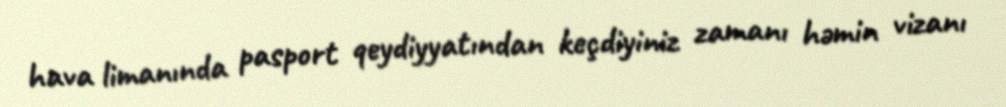
hava limanında pasport qeydiyyatından keçdiyiniz zamanı həmin vizanı